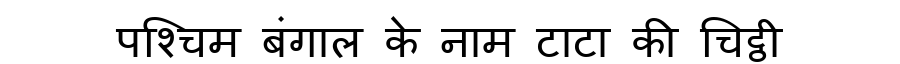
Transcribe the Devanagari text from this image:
पश्चिम बंगाल के नाम टाटा की चिट्ठी